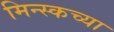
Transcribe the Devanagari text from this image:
मिन्स्कच्या